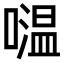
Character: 𡀦